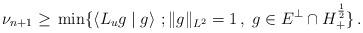
LaTeX: \begin{align*} \nu_{n+1}\geq\, \min\{\langle L_{u}g\mid g\rangle\ ;\|g\|_{L^2}=1\,, \; g\in E ^{\bot }\cap H^\frac12_+\}\,.\end{align*}